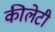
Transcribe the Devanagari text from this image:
कीलेटी